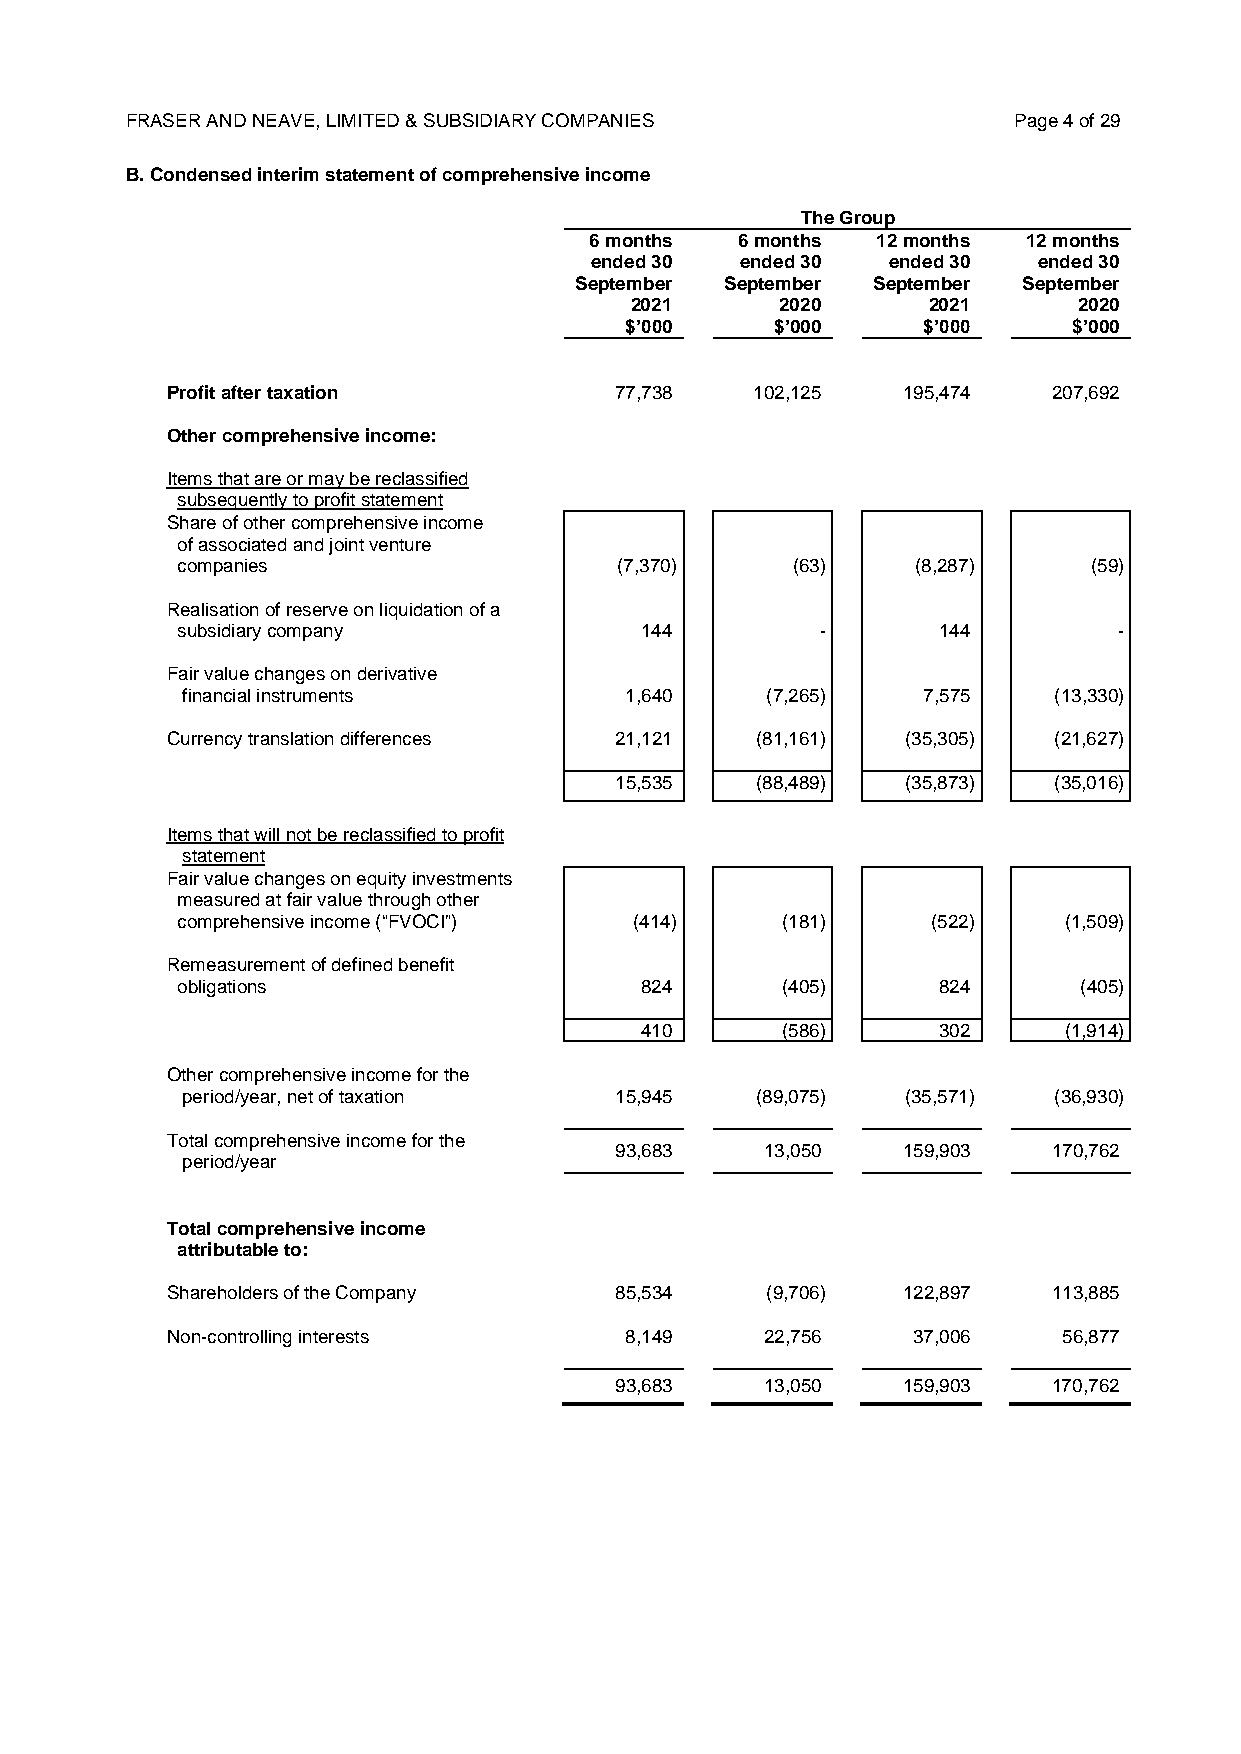
FRASER AND NEAVE, LIMITED & SUBSIDIARY COMPANIES           Page 4 of 29
 B. Condensed interim statement of comprehensive income
 The Group
 6 months  6 months 12 months 12 months
 ended 30  ended 30  ended 30  ended 30
 September September September September
 2021      2020     2021      2020
 $’000     $’000     $’000     $’000
 Profit after taxation         77,738   102,125   195,474   207,692
 Other comprehensive income:
 Items that are or may be reclassified
 subsequently to profit statement
 Share of other comprehensive income
 of associated and joint venture
 companies                    (7,370)    (63)     (8,287)    (59)
 Realisation of reserve on liquidation of a
 subsidiary company            144         -       144         -
 Fair value changes on derivative
 financial instruments        1,640     (7,265)   7,575    (13,330)
 Currency translation differences 21,121 (81,161) (35,305)  (21,627)
 15,535   (88,489)  (35,873)  (35,016)
 Items that will not be reclassified to profit
 statement
 Fair value changes on equity investments
 measured at fair value through other
 comprehensive income (“FVOCI”) (414)    (181)     (522)   (1,509)
 Remeasurement of defined benefit
 obligations                   824       (405)     824       (405)
 410       (586)     302     (1,914)
 Other comprehensive income for the
 period/year, net of taxation 15,945   (89,075)  (35,571)  (36,930)
 Total comprehensive income for the
 93,683    13,050   159,903   170,762
 period/year
 Total comprehensive income
 attributable to:
 Shareholders of the Company   85,534    (9,706)  122,897   113,885
 Non-controlling interests     8,149     22,756   37,006    56,877
 93,683    13,050   159,903   170,762